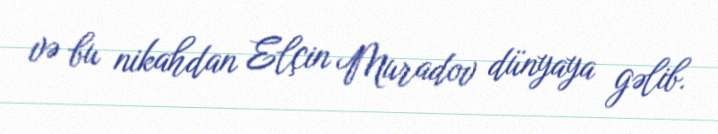
və bu nikahdan Elçin Muradov dünyaya gəlib.